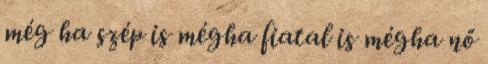
még ha szép is mégha fiatal is mégha nő